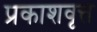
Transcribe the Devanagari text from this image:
प्रकाशवृत्त